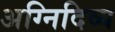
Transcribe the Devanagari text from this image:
अग्निदिव्य